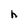
Character: h